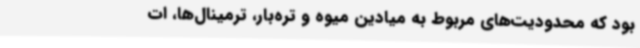
بود که محدودیت‌های مربوط به میادین میوه و تره‌بار، ترمینال‌ها، ات